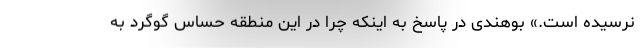
نرسیده است.» بوهندی در پاسخ به اینکه چرا در این منطقه حساس گوگرد به